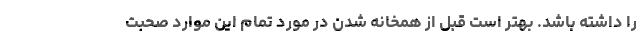
را داشته باشد. بهتر است قبل از همخانه شدن در مورد تمام این موارد صحبت